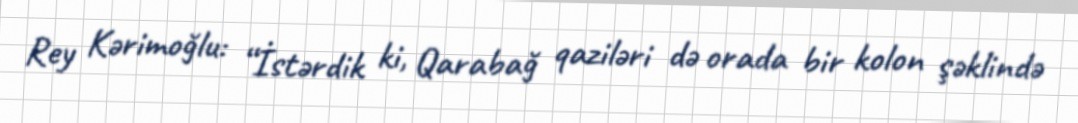
Rey Kərimoğlu: “İstərdik ki, Qarabağ qaziləri də orada bir kolon şəklində